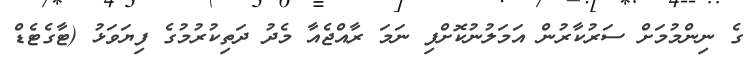
ގެ ނިންމުމަށް ސަރުކާރުން އަމަލުނުކޮށްފި ނަމަ ރާއްޖެއާ މެދު ދަތިކުރުމުގެ ފިޔަވަޅު (ޓާގެޓެޑް